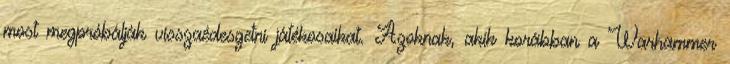
most megpróbálják visszaédesgetni játékosaikat. Azoknak, akik korábban a Warhammer